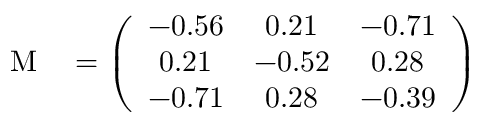
\mathrm { ~ \ensuremath ~ { ~ \mathbf ~ { ~ M ~ } ~ } ~ } = \left( \begin{array} { c c c } { - 0 . 5 6 } & { 0 . 2 1 } & { - 0 . 7 1 } \\ { 0 . 2 1 } & { - 0 . 5 2 } & { 0 . 2 8 } \\ { - 0 . 7 1 } & { 0 . 2 8 } & { - 0 . 3 9 } \end{array} \right)